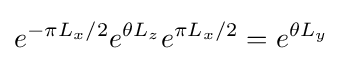
e^{-\pi L_{x}/2}e^{\theta L_{z}}e^{\pi L_{x}/2}=e^{\theta L_{y}}